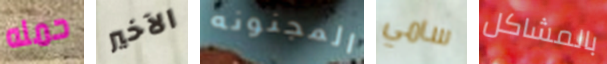
حمله الآخير المجنونه سامي بالمشاكل